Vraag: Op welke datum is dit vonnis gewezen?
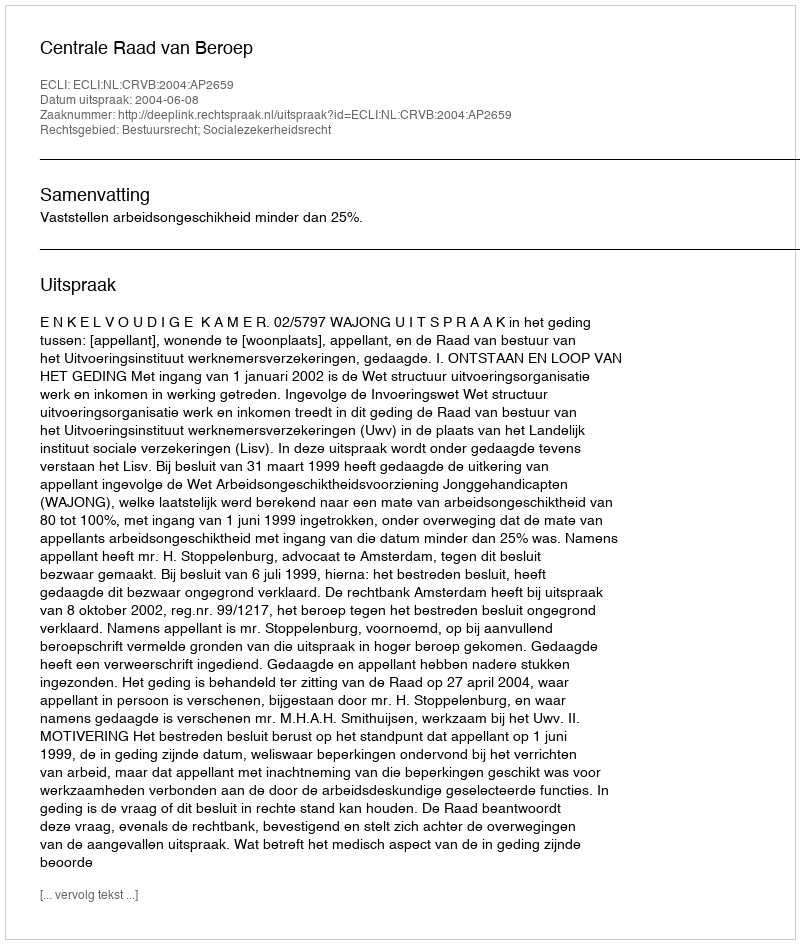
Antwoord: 2004-06-08